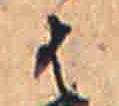
は